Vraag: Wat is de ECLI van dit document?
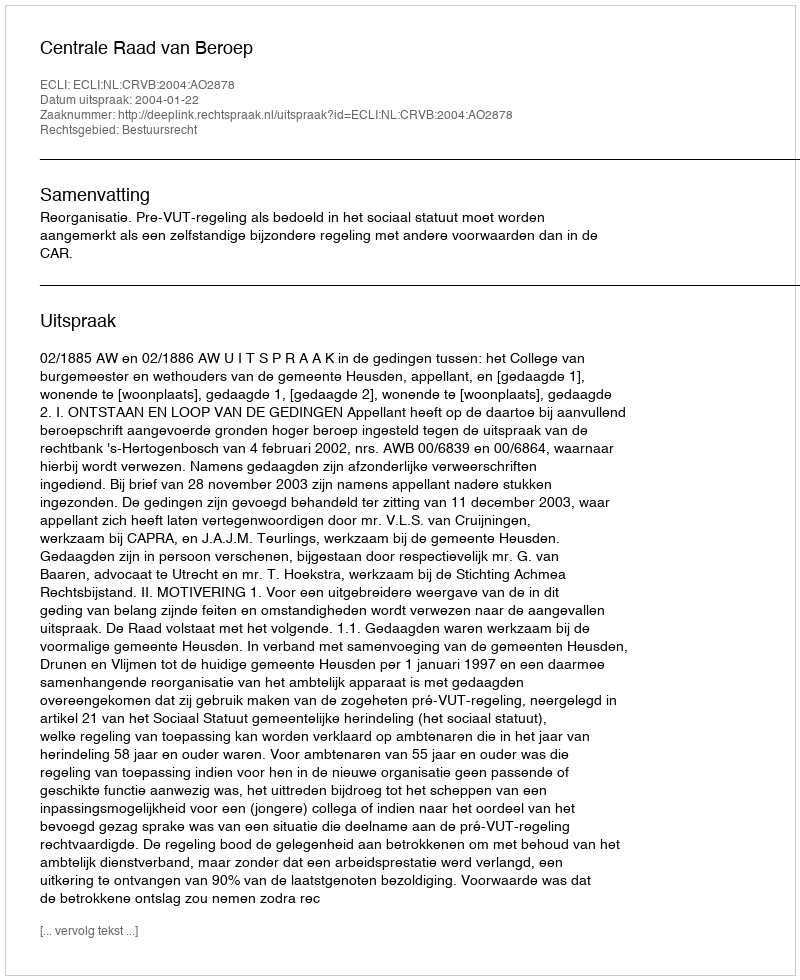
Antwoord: ECLI:NL:CRVB:2004:AO2878